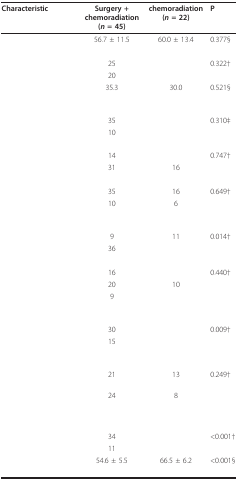
<table><thead><tr><td><b>Characteristic</b></td><td><b>Surgery + chemoradiation (<i>n </i>= 45)</b></td><td><b>chemoradiation (<i>n </i>= 22)</b></td><td><b>P</b></td></tr></thead><tbody><tr><td>[EMPTY_CELL]</td><td>56.7 ± 11.5</td><td>60.0 ± 13.4</td><td>0.377§</td></tr><tr><td>[EMPTY_CELL]</td><td>[EMPTY_CELL]</td><td>[EMPTY_CELL]</td><td>[EMPTY_CELL]</td></tr><tr><td>[EMPTY_CELL]</td><td>25</td><td>[EMPTY_CELL]</td><td>0.322†</td></tr><tr><td>[EMPTY_CELL]</td><td>20</td><td>[EMPTY_CELL]</td><td>[EMPTY_CELL]</td></tr><tr><td>[EMPTY_CELL]</td><td>35.3</td><td>30.0</td><td>0.521§</td></tr><tr><td>[EMPTY_CELL]</td><td>[EMPTY_CELL]</td><td>[EMPTY_CELL]</td><td>[EMPTY_CELL]</td></tr><tr><td>[EMPTY_CELL]</td><td>35</td><td>[EMPTY_CELL]</td><td>0.310‡</td></tr><tr><td>[EMPTY_CELL]</td><td>10</td><td>[EMPTY_CELL]</td><td>[EMPTY_CELL]</td></tr><tr><td>[EMPTY_CELL]</td><td>[EMPTY_CELL]</td><td>[EMPTY_CELL]</td><td>[EMPTY_CELL]</td></tr><tr><td>[EMPTY_CELL]</td><td>14</td><td>[EMPTY_CELL]</td><td>0.747†</td></tr><tr><td>[EMPTY_CELL]</td><td>31</td><td>16</td><td>[EMPTY_CELL]</td></tr><tr><td>[EMPTY_CELL]</td><td>[EMPTY_CELL]</td><td>[EMPTY_CELL]</td><td>[EMPTY_CELL]</td></tr><tr><td>[EMPTY_CELL]</td><td>35</td><td>16</td><td>0.649†</td></tr><tr><td>[EMPTY_CELL]</td><td>10</td><td>6</td><td>[EMPTY_CELL]</td></tr><tr><td>[EMPTY_CELL]</td><td>[EMPTY_CELL]</td><td>[EMPTY_CELL]</td><td>[EMPTY_CELL]</td></tr><tr><td>[EMPTY_CELL]</td><td>9</td><td>11</td><td>0.014†</td></tr><tr><td>[EMPTY_CELL]</td><td>36</td><td>[EMPTY_CELL]</td><td>[EMPTY_CELL]</td></tr><tr><td>[EMPTY_CELL]</td><td>[EMPTY_CELL]</td><td>[EMPTY_CELL]</td><td>[EMPTY_CELL]</td></tr><tr><td>[EMPTY_CELL]</td><td>16</td><td>[EMPTY_CELL]</td><td>0.440†</td></tr><tr><td>[EMPTY_CELL]</td><td>20</td><td>10</td><td>[EMPTY_CELL]</td></tr><tr><td>[EMPTY_CELL]</td><td>9</td><td>[EMPTY_CELL]</td><td>[EMPTY_CELL]</td></tr><tr><td>[EMPTY_CELL]</td><td>[EMPTY_CELL]</td><td>[EMPTY_CELL]</td><td>[EMPTY_CELL]</td></tr><tr><td>[EMPTY_CELL]</td><td>30</td><td>[EMPTY_CELL]</td><td>0.009†</td></tr><tr><td>[EMPTY_CELL]</td><td>15</td><td>[EMPTY_CELL]</td><td>[EMPTY_CELL]</td></tr><tr><td>[EMPTY_CELL]</td><td>[EMPTY_CELL]</td><td>[EMPTY_CELL]</td><td>[EMPTY_CELL]</td></tr><tr><td>[EMPTY_CELL]</td><td>21</td><td>13</td><td>0.249†</td></tr><tr><td>[EMPTY_CELL]</td><td>24</td><td>8</td><td>[EMPTY_CELL]</td></tr><tr><td>[EMPTY_CELL]</td><td>[EMPTY_CELL]</td><td>[EMPTY_CELL]</td><td>[EMPTY_CELL]</td></tr><tr><td>[EMPTY_CELL]</td><td>34</td><td>[EMPTY_CELL]</td><td>&lt;0.001†</td></tr><tr><td>[EMPTY_CELL]</td><td>11</td><td>[EMPTY_CELL]</td><td>[EMPTY_CELL]</td></tr><tr><td>[EMPTY_CELL]</td><td>54.6 ± 5.5</td><td>66.5 ± 6.2</td><td>&lt;0.001§</td></tr></tbody></table>